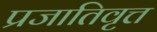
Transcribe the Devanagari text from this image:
प्रजातिवृत्त